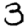
Digit: 3